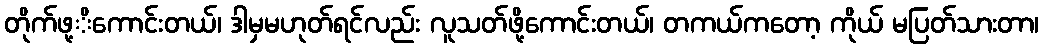
တိုက်ဖု့ိကောင်းတယ်၊ ဒါမှမဟုတ်ရင်လည်း လူသတ်ဖို့ကောင်းတယ်၊ တကယ်ကတော့ ကိုယ် မပြတ်သားတာ၊